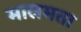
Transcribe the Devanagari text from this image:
मालमता